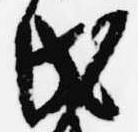
氏